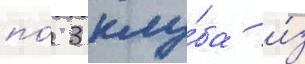
по́ 3 клу́ба и́з